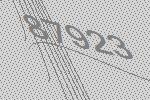
87923